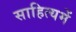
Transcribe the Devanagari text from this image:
साहित्यमें